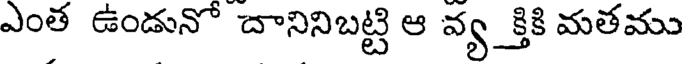
ఎంత ఉండునో దానినిబట్టి ఆ వ్య క్తికి మతము